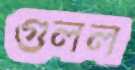
গুলল